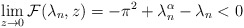
\begin{align*} \lim_{z \to 0} {\cal F} (\lambda_n, z) = - \pi^2 + \lambda^\alpha_n - \lambda_n < 0 \end{align*}